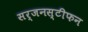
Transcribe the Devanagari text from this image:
सर्जनस्टीफन